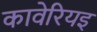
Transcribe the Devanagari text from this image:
कावेरियइ